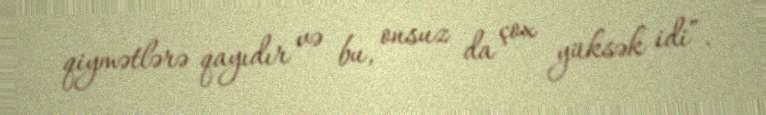
qiymətlərə qayıdır və bu, onsuz da çox yüksək idi”.